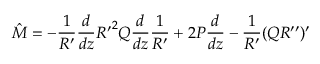
{ \hat { M } } = - \frac { 1 } { R ^ { \prime } } \frac { d } { d z } { R ^ { \prime } } ^ { 2 } Q \frac { d } { d z } \frac { 1 } { R ^ { \prime } } + 2 P \frac { d } { d z } - \frac { 1 } { R ^ { \prime } } ( Q R ^ { \prime \prime } ) ^ { \prime }